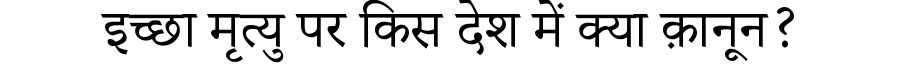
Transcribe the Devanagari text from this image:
इच्छा मृत्यु पर किस देश में क्या क़ानून?